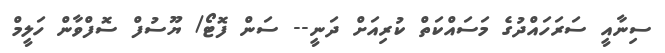
ސިނާއީ ސަރަހައްދުގެ މަސައްކަތް ކުރިއަށް ދަނީ-- ސަން ފޮޓޯ/ ޔޫސުފް ސޮފްވާން ހަލީމް